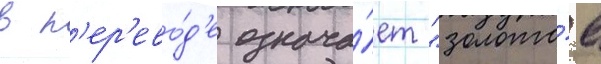
в п'ер'ево́д'е означа́ет "золото́е